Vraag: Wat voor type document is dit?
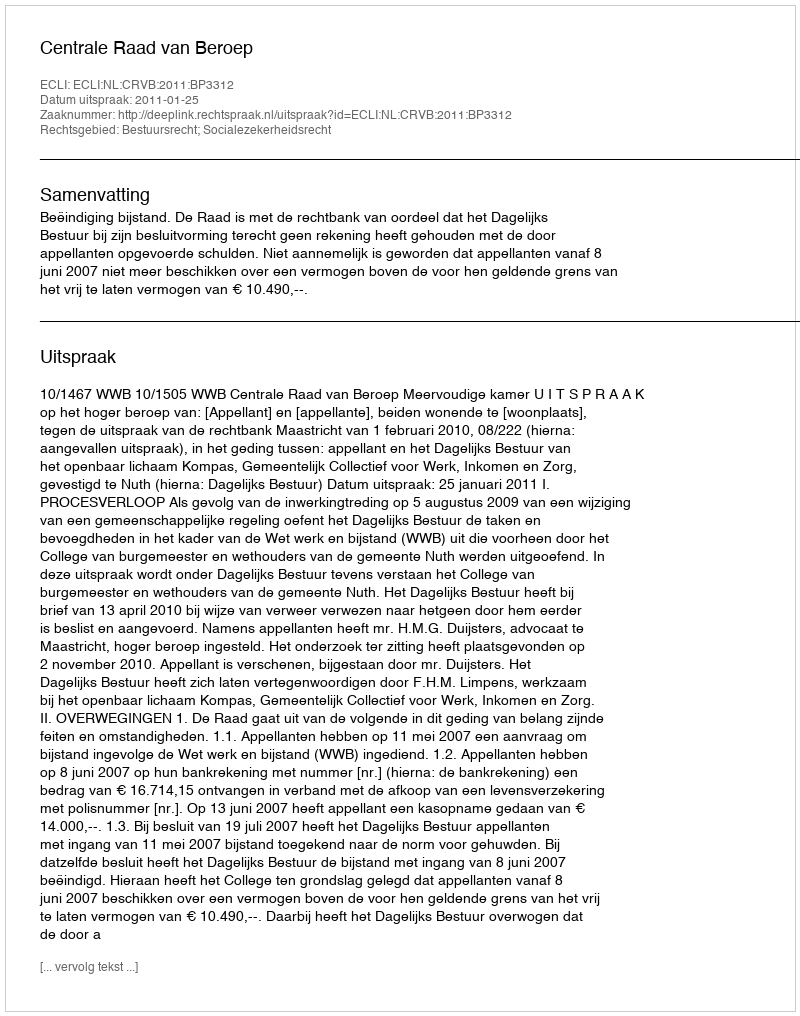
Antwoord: Uitspraak